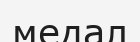
медал